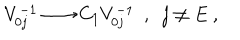
V _ { 0 j } ^ { - 1 } \longrightarrow C _ { 1 } V _ { 0 j } ^ { - 1 } \ \ , \ \ j \neq E \ ,